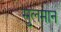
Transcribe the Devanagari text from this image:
सुलमान